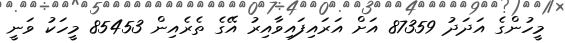
މީހުންގެ އަދަދު 87359 އަށް އަރައިފައިވާއިރު އޭގެ ތެރެއިން 85453 މީހަކު ވަނީ